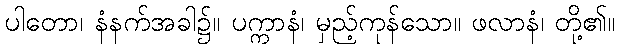
ပါတော၊ နံနက်အခါ၌။ ပက္ကာနံ၊ မှည့်ကုန်သော။ ဖလာနံ၊ တို့၏။